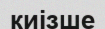
киізше